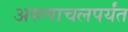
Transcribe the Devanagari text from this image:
अरुणाचलपर्यंत